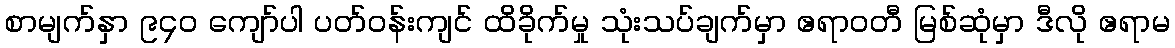
စာမျက်နှာ ၉၄၀ ကျော်ပါ ပတ်ဝန်းကျင် ထိခိုက်မှု သုံးသပ်ချက်မှာ ဧရာဝတီ မြစ်ဆုံမှာ ဒီလို ဧရာမ